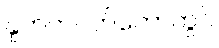
နှုတ်ကပတ်တော်တွင်